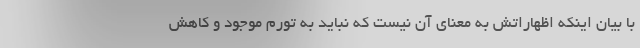
با بیان اینکه اظهاراتش به معنای آن نیست که نباید به تورم موجود و کاهش